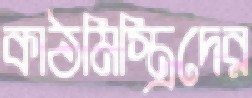
কাঠমিস্ত্রিদের